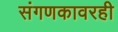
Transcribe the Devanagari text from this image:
संगणकावरही